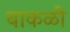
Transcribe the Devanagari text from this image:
बाकळी